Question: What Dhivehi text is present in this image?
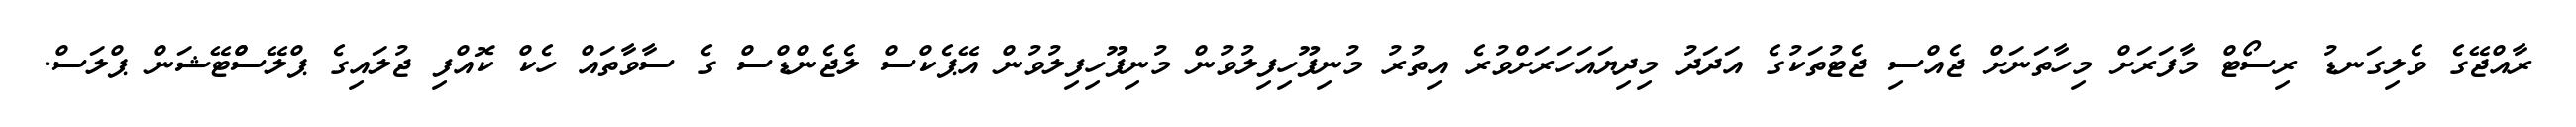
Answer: ރާއްޖޭގެ ވެލިގަނޑު ރިސޯޓް މާފަރަށް މިހާތަނަށް ޖެއްސި ޖެޓުތަކުގެ އަދަދު މިދިޔައަހަރަށްވުރެ އިތުރު މުނިފޫހިފިލުވުން މުނިފޫހިފިލުވުން އޭޕެކްސް ލެޖެންޑްސް ގެ ސާވާތައް ހެކް ކޮއްފި ޖުލައިގެ ޕްލޭސްްޓޭޝަން ޕްލަސް.